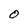
Character: O